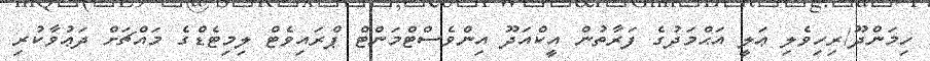
ހިމަންދޫ/ރިހިވެލި ޢަލީ އަޙްމަދުގެ ފަރާތުން އީކްއަދޫ އިންވެސްޓްމަންޓް ޕްރައިވެޓް ލިމިޓެޑްގެ މައްޗަށް ދަޢުވާކުރި